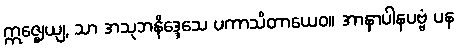
ဣဇ္ဈေယျ, သာ အသုဘနိဒ္ဒေသေ ပကာသိတာယေဝ။ အာနာပါနပဗ္ဗံ ပန